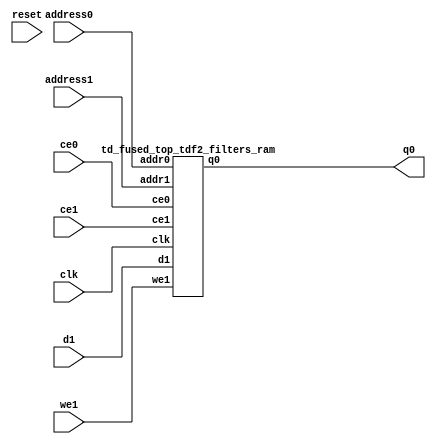
`define EXPONENT 5
`define MANTISSA 10
`define ACTUAL_MANTISSA 11
`define EXPONENT_LSB 10
`define EXPONENT_MSB 14
`define MANTISSA_LSB 0
`define MANTISSA_MSB 9
`define MANTISSA_MUL_SPLIT_LSB 3
`define MANTISSA_MUL_SPLIT_MSB 9
`define SIGN 1
`define SIGN_LOC 15
`define DWIDTH (`SIGN+`EXPONENT+`MANTISSA)
`define IEEE_COMPLIANCE 1

module td_fused_top_tdf2_filters(
    reset,
    clk,
    address0,
    ce0,
    q0,
    address1,
    ce1,
    we1,
    d1);

parameter DataWidth = 32'd16;
parameter AddressRange = 32'd4608;
parameter AddressWidth = 32'd13;
input reset;
input clk;
input[AddressWidth - 1:0] address0;
input ce0;
output[DataWidth - 1:0] q0;
input[AddressWidth - 1:0] address1;
input ce1;
input we1;
input[DataWidth - 1:0] d1;



td_fused_top_tdf2_filters_ram td_fused_top_tdf2_filters_ram_U(
    .clk( clk ),
    .addr0( address0 ),
    .ce0( ce0 ),
    .q0( q0 ),
    .addr1( address1 ),
    .ce1( ce1 ),
    .we1( we1 ),
    .d1( d1 )
);

endmodule
module td_fused_top_tdf2_filters_ram (addr0, ce0, q0, addr1, ce1, d1, we1,  clk);

parameter DWIDTH = 16;
parameter AWIDTH = 13;
parameter MEM_SIZE = 4608;

input[AWIDTH-1:0] addr0;
input ce0;
output wire[DWIDTH-1:0] q0;
input[AWIDTH-1:0] addr1;
input ce1;
input[DWIDTH-1:0] d1;
input we1;
input clk;

 reg [DWIDTH-1:0] ram[MEM_SIZE-1:0];
wire [AWIDTH-1:0] addr0_t0; 
reg [AWIDTH-1:0] addr0_t1; 
reg [DWIDTH-1:0] q0_t0;
reg [DWIDTH-1:0] q0_t1;
wire [AWIDTH-1:0] addr1_t0; 
reg [AWIDTH-1:0] addr1_t1; 
wire [DWIDTH-1:0] d1_t0; 
wire we1_t0; 
reg [DWIDTH-1:0] d1_t1; 
reg we1_t1; 


assign addr0_t0 = addr0;
assign q0 = q0_t1;
assign addr1_t0 = addr1;
assign d1_t0 = d1;
assign we1_t0 = we1;

always @(posedge clk)  
begin
    if (ce0) 
    begin
        addr0_t1 <= addr0_t0; 
        q0_t1 <= q0_t0;
    end
    if (ce1) 
    begin
        addr1_t1 <= addr1_t0; 
        d1_t1 <= d1_t0;
        we1_t1 <= we1_t0;
    end
end


always @(posedge clk)  
begin 
    if (ce0) begin
        q0_t0 <= ram[addr0_t1];
    end
end


always @(posedge clk)  
begin 
    if (ce1) begin
        if (we1_t1) 
            ram[addr1_t1] <= d1_t1; 
    end
end


endmodule